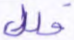
خلل